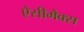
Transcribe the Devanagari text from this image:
ऐसीमैक्स